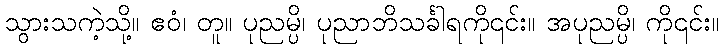
သွားသကဲ့သို့။ ဧဝံ၊ တူ။ ပုညမ္ပိ၊ ပုညာဘိသင်္ခါရကို၎င်း။ အပုညမ္ပိ၊ ကို၎င်း။